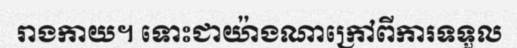
រាងកាយ។ ទោះជាយ៉ាងណាក្រៅពីការទទួល